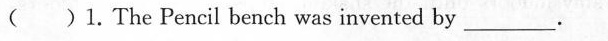
( )1.The Pencil bench was invented by___.